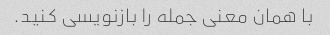
با همان معنی جمله را بازنویسی کنید.